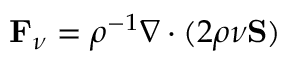
\mathbf { F } _ { \nu } = \rho ^ { - 1 } \nabla \cdot ( 2 \rho \nu \mathbf { S } )